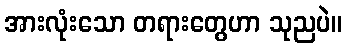
အားလုံးသော တရားတွေဟာ သုညပဲ။